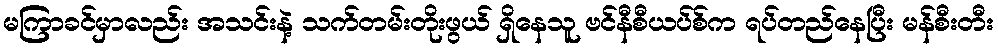
မကြာခင်မှာလည်း အသင်းနဲ့ သက်တမ်းတိုးဖွယ် ရှိနေသူ ဗင်နီစီယပ်စ်က ရပ်တည်နေပြီး မန်စီးတီး